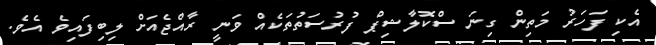
އެކި ފަހަރު މަތިން ގިނަ ސްކޮލާޝިޕް ފުރުސަތުތަކެއް ވަނީ ރާއްޖެއަށް ލިބިފައިވެ އެވެ.